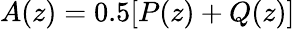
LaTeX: A(z)=0.5[P(z)+Q(z)]